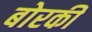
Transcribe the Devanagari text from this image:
बोरकी